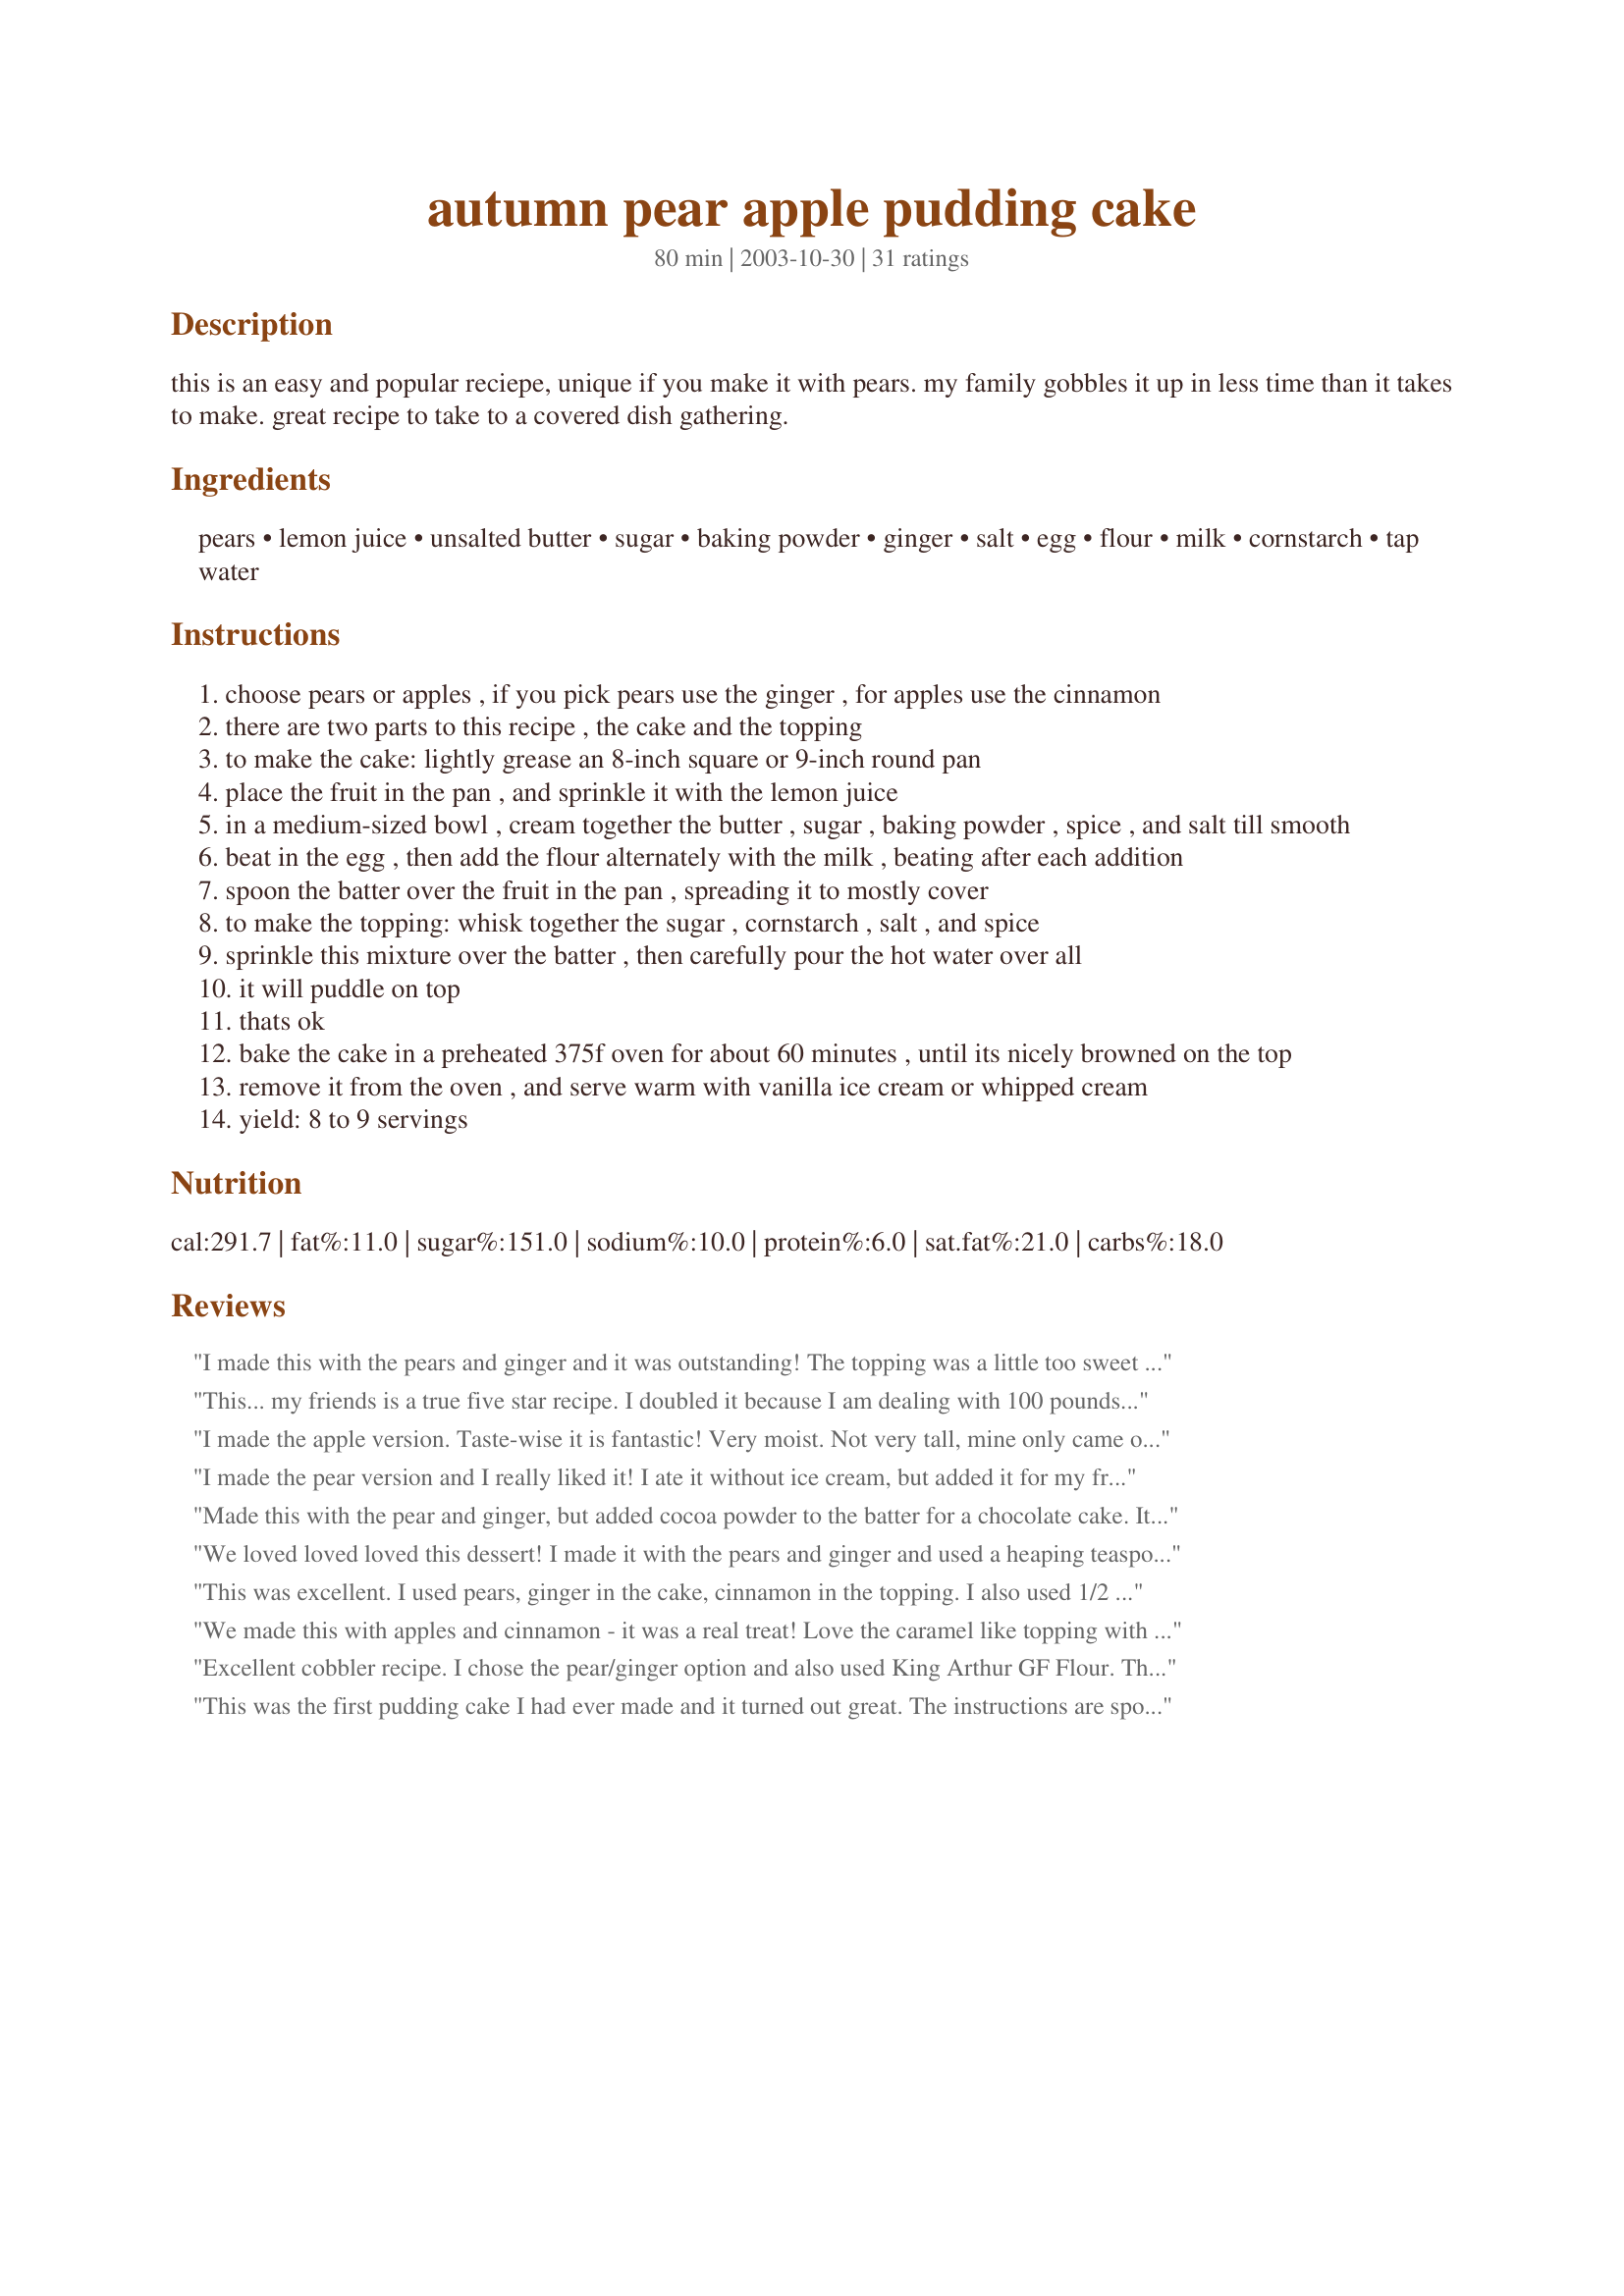
autumn pear apple pudding cake
Preparation time: 80 minutes

this is an easy and popular reciepe, unique if you make it with pears. my family gobbles it up in less time than it takes to make. great recipe to take to a covered dish gathering.

Ingredients:
pears, lemon juice, unsalted butter, sugar, baking powder, ginger, salt, egg, flour, milk, cornstarch, tap water

Steps:
choose pears or apples , if you pick pears use the ginger , for apples use the cinnamon
there are two parts to this recipe , the cake and the topping
to make the cake: lightly grease an 8-inch square or 9-inch round pan
place the fruit in the pan , and sprinkle it with the lemon juice
in a medium-sized bowl , cream together the butter , sugar , baking powder , spice , and salt till smooth
beat in the egg , then add the flour alternately with the milk , beating after each addition
spoon the batter over the fruit in the pan , spreading it to mostly cover
to make the topping: whisk together the sugar , cornstarch , salt , and spice
sprinkle this mixture over the batter , then carefully pour the hot water over all
it will puddle on top
thats ok
bake the cake in a preheated 375f oven for about 60 minutes , until its nicely browned on the top
remove it from the oven , and serve warm with vanilla ice cream or whipped cream
yield: 8 to 9 servings

Reviews:
I made this with the pears and ginger and it was outstanding! The topping was a little too sweet for me, so next time I might reduce the sugar a bit.
Our office newsletter was clamoring for holiday recipes so I shared this - with credit to the source.
This... my friends is a true five star recipe. I doubled it because I am dealing with 100 pounds of pears and I thought I would freeze for ready made treats. I cut down on the sugar because we don&#039;t like things as sweet as most recipes call for. It was absolutely awesome. I went in this morning with my freezer containers to portion out and put away and... SURPRISE! - there was only one piece left in the pan! Now I see a sink full of empty bowls and spoons - Ah HA!&lt;br/&gt;My family just scarfed it gone. The vote is in.&lt;br/&gt;I served it with a drizzle of 1/2 &amp; 1/2 and whipped cream and a spoonful of my pear butter and it was just exquisite bliss from head to toe1 I am eyeballing the last 40 pears and thinking... Hmmm...&lt;br/&gt;Cudos on a great recipe. It is definitely a keeper.
I made the apple version. Taste-wise it is fantastic! Very moist. Not very tall, mine only came out to about 1 1/2 in. tall but then again I did mess up by confusing the two sugar amounts then my springform pan leaked half the water, but even with all that, it tasted perfect to me. This is one of the best apple cakes I've had so far. I'm sure if it's made correctly it'll come out even fluffier. Definetely best with whipped cream or ice cream. I will definately make this cake again.
I made the pear version and I really liked it! I ate it without ice cream, but added it for my friends who loved it.
Made this with the pear and ginger, but added cocoa powder to the batter for a chocolate cake. It was extremely popular and the children had the (minimal) leftovers in tubs for their lunchboxes today. Even my husband, who doesn't like pears, loved it!
We loved loved loved this dessert! I made it with the pears and ginger and used a heaping teaspoon of the ginger - next time I would like to try it with freshly grated ginger. This was simple to make and didn't make an overwhelming amount - a problem we have in our two person household normally. Thanks so much for posting a recipe I will definitely be making again!
This was excellent. I used pears, ginger in the cake, cinnamon in the topping. I also used 1/2 cup of regular flour and 1/2 cup of wheat flour.
We made this with apples and cinnamon - it was a real treat! Love the caramel like topping with the soft cake underneath. At first it seemed a little sweet by itself (according to my standards) but was PERFECT with some vanilla ice cream! I will definately be making this again and again! Can't wait to try it with pears (:
Excellent cobbler recipe. I chose the pear/ginger option and also used King Arthur GF Flour. This is totally a keeper!
This was the first pudding cake I had ever made and it turned out great. The instructions are spot on. Since I have a baking dish with a divider down the center, I made it with both apples and pears. I also added an ounce of brandy to the water for extra flavor. Thanks for posting!
Amazing...this was made with pears and the ginger combination. The timing was perfect. This was topped with vanilla ice cream.
EXCELLENT!!! I made this for a light dessert for our Labor Day get together. Everyone loved this. 
The next time, I think I may replace a portion of the water with some spiced rum....just to give it a little extra kick. GREAT, GREAT dessert.
This cake is awesome! The only thing I changed was instead of hot water I used hot apple cider. Definitely a do-over!
Absolutely delicious. I made it with apples, but I can imagine how good it would be with pears. Perfect Fall dessert.
Made with pears. Was good but not great. Cake part seemed a bit dry. But it was a nice, not overly sweet addition to a dessert buffet.
This is a very good tasting recipe. I made the pear version with the ginger. My whole family really liked it. Thanks for posting.
Oh yum yum! This is my new favourite cake! I was overwhelmed with the number of apple cake recipes out there, but this one definitely caught my eye. I&#039;ve never made a pudding cake before and it turned out wonderfully! The only change I made was to cut the 3/4 cup of sugar (used for the topping) down to maybe around 1/4 as my family doesn&#039;t like things too sweet. Plus our apples were already pretty sweet and this turned out perfect for us. I almost didn&#039;t believe that it would turn out the way all the reviews describe it, but it totally did, and it was perfect with a scoop (or 3!) of ice cream on top. Definitely have this cake warm - or if you&#039;re like me, scorching hot, straight out of the oven. No regrets! Yum! Thank you!
My husband made this last night for dessert. We used the pears, this was so yummy! We topped it with vanilla ice cream, I never had pears in a dessert before and this was fantastic!
This was great! I think it would taste really nice cold the second day too. I used a lot more ginger than said as mine has lost its taste with time. Thanks
This was absolutely fabulous with fresh pears and ginger! The ginger really gave it a special zing. My son loves fruit desserts, and boy, we gobbled this one down. If you're not familiar with pudding cake, when baked, the cake layer comes to the top and a saucy layer remains on the bottom. With pears in this version, the fruit remains on the bottom too, similar to a cakey cobbler. Easy and quick to prepare as well. Scouter, I'd give you more than 5 stars if I could! Thanks for a great recipe!
This was pretty good. As I was pouring the water on top I was wondering if I was actually making it right 'cause it wasn't looking too appetizing. But it turned out great! Thanks for posting.
I did the apple version of this and served it warm from the oven with some rich, creamy vanilla ice cream. Yum! Something I'll be making again!
I made the apple version and it was so good. I will use more apple next time, I had 6 small apples from the neighbors tree, probably should have use 8 or more. Will cook a little less on the time next time.
I wanted a different dessert to celebrate the arrival of autumn and apples, not pie or crisp. This was perfect. I used Golden Delicious apples and didn't bother with peeling them. They were tender without breaking down too much, and very appley tasting. We ate it with vanilla ice cream and it was marvelous. It did overflow my 9" round pan a bit, but nonetheless this delicious pudding cake will become a seasonal regular at our house. Thanks Pa. Hiker.
Recipe was ok. I just didn't care for the flavor.
mmmm yummy as cake... me n kids loved it :)
Surprise, surprise...it felt like Thanksgiving smack dab in the middle of summer! I used the apple recipe and instead of 3/4 cups sugar for the topping, I used 1/2 cup and sprinkled the remaining 1/4 cup over the top giving it a crusty crunch. Made for Alphabet Soup.
I had a bag of badly abused Asian pears that I needed to use up, so I found this recipe. I had no ginger so I used the cinnamon with the pears, and it was perfect. So tasty, and so easy! I made it for breakfast and ate it with cream. Clearly I'm a health nut, right? Anyway thanks for posting!
Incredible!!! I made the apple variation and it turned out just stunning. The top hardened into sugar shell like on a crÃ¨me brulÃ©, so it looked really quite lovely and tasted heavenly! Definitely fancy enough to serve to evening guests. Fairly easy to make, too. The only change I made was to throw in a handful of raisins. A keeper. :)
Oh yeah, this was good. I made the apple version and loved it. I just bought pears so I could try it the other way. I wouldn't change this a bit except to add vanilla ice cream to a warm piece!
Awesome cake, I made 2 of them with a bag of frozen pears I found stashed away in the freezer. I took one to a work potluck and one stayed at home. Only changes I made is the pudding part I used ginger and cinnamon because I was worried about too much ginger.
